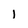
Character: 1